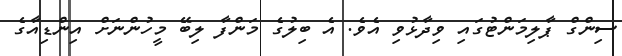
ސިންގް ޕާލިމަންޓުގައި ވިދާޅުވި އެވެ. އެ ބިލުގެ މަންފާ ލިބޭ މީހުންނަށް އިންޑިއާގެ